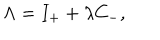
\Lambda = I _ { + } + \lambda C _ { - } ,